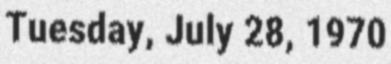
Tuesday, July 28, 1970